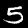
Digit: 5